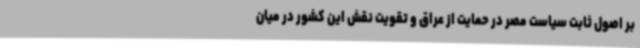
بر اصول ثابت سیاست مصر در حمایت از عراق و تقویت نقش این کشور در میان